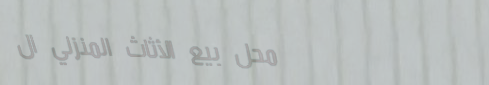
محل بيع الأثاث المنزلي ال